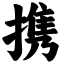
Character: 携